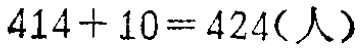
\(414 + 10 = 424(\text{人})\)